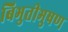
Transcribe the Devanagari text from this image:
बिभुतीभुषण